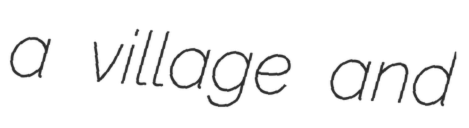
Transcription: a village and